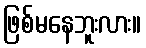
ဖြစ်မနေဘူးလား။